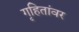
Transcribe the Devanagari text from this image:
गृहितांवर